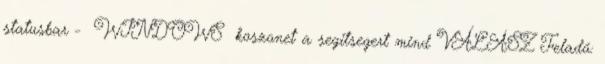
statusbar - WINDOWS koszonet a segitsegert mind VÁLASZ Feladó: